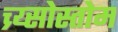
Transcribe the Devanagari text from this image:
च्र्य्सोस्तोम